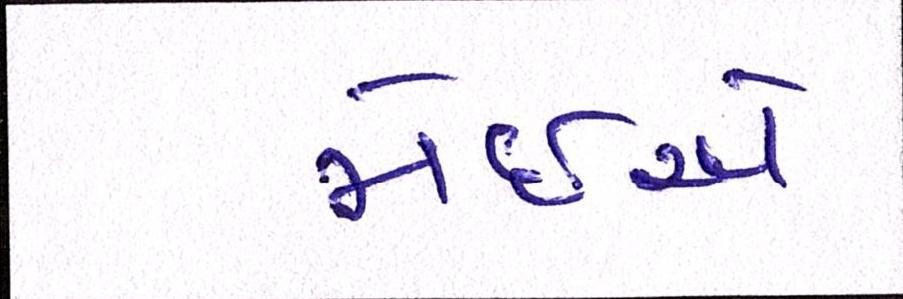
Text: જોઇએ